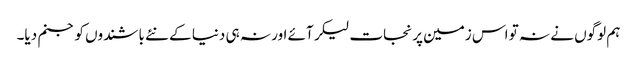
ہم لوگوں نے نہ تو اس زمین پر نجات لیکر آئے اور نہ ہی دنیا کے نئے باشندوں کو جنم دیا۔